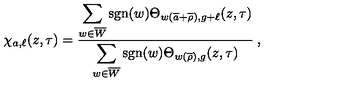
\chi _ { a , \ell } ( z , \tau ) = \frac { \displaystyle \sum _ { w \in \overline { W } } \mathrm { s g n } ( w ) \Theta _ { w ( \overline { { a } } + \overline { { \rho } } ) , g + \ell } ( z , \tau ) } { \displaystyle \sum _ { w \in \overline { W } } \mathrm { s g n } ( w ) \Theta _ { w ( \overline { { \rho } } ) , g } ( z , \tau ) } \: ,